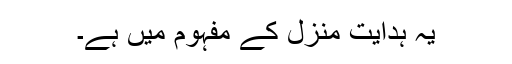
یہ ہدایت منزل کے مفہوم میں ہے۔